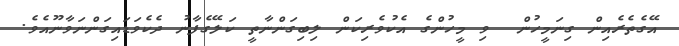
އޭގެތެރެއިން ގިނަމީހުން  ވި މީހުންގެ އެކުވެރިކަން ލިބިގަންނާތީ ކަލޭގެފާނު ދެކެވަޑައިގަންނަވާނޫއެވެ.